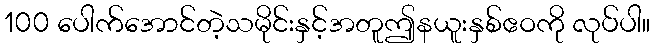
100 ပေါက်အောင်တဲ့သမိုင်းနှင့်အတူဤနယူးနှစ်ဧဝကို လုပ်ပါ။